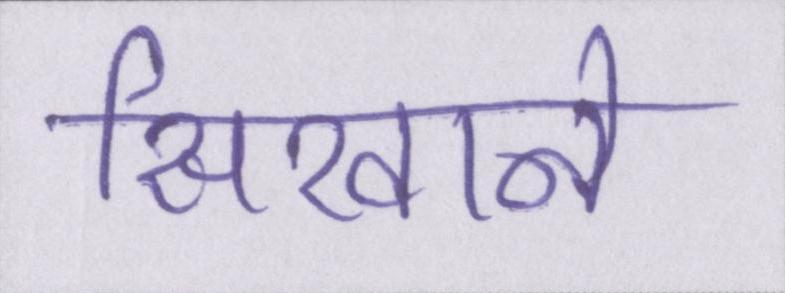
सिखाने